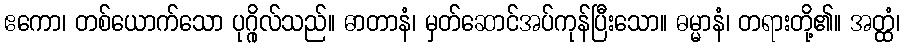
ဧကော၊ တစ်ယောက်သော ပုဂ္ဂိုလ်သည်။ ဓာတာနံ၊ မှတ်ဆောင်အပ်ကုန်ပြီးသော။ ဓမ္မာနံ၊ တရားတို့၏။ အတ္ထံ၊